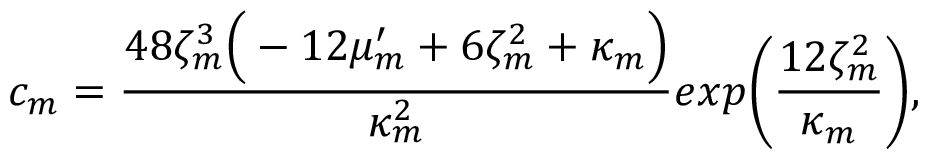
c _ { m } = \frac { 4 8 \zeta _ { m } ^ { 3 } \Big ( - 1 2 \mu _ { m } ^ { \prime } + 6 \zeta _ { m } ^ { 2 } + \kappa _ { m } \Big ) } { \kappa _ { m } ^ { 2 } } e x p \Bigg ( \frac { 1 2 \zeta _ { m } ^ { 2 } } { \kappa _ { m } } \Bigg ) ,